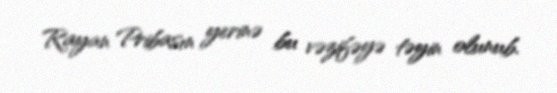
Rayan Pribasın yerinə bu vəzifəyə təyin olunub.